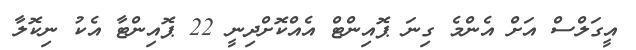
އީގަލްސް އަށް އެންމެ ގިނަ ޕޮއިންޓް އެއްކޮށްދިނީ 22 ޕޮއިންޓާ އެކު ނިކޮލާ